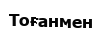
Тоғанмен